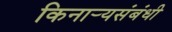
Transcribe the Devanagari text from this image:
किनार्‍यसंबंधी